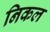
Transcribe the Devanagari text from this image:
निकल